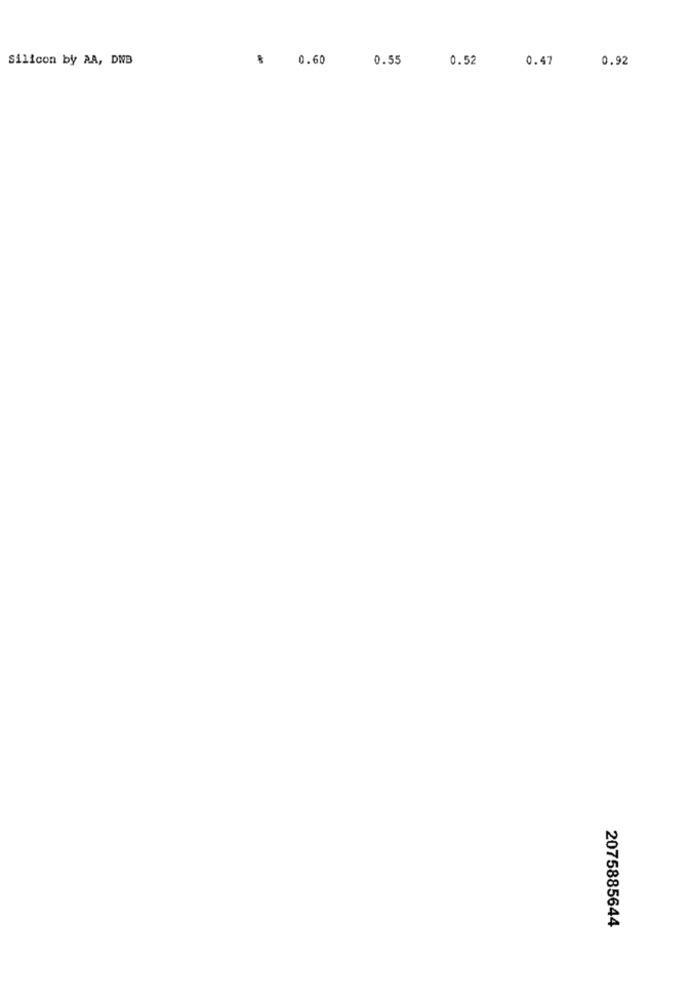
Silicon by AA, DNB
0.60
0.55
0.52
0.47
0.92
2075885644